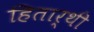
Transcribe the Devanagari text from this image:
हितार्थी